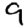
Digit: 9